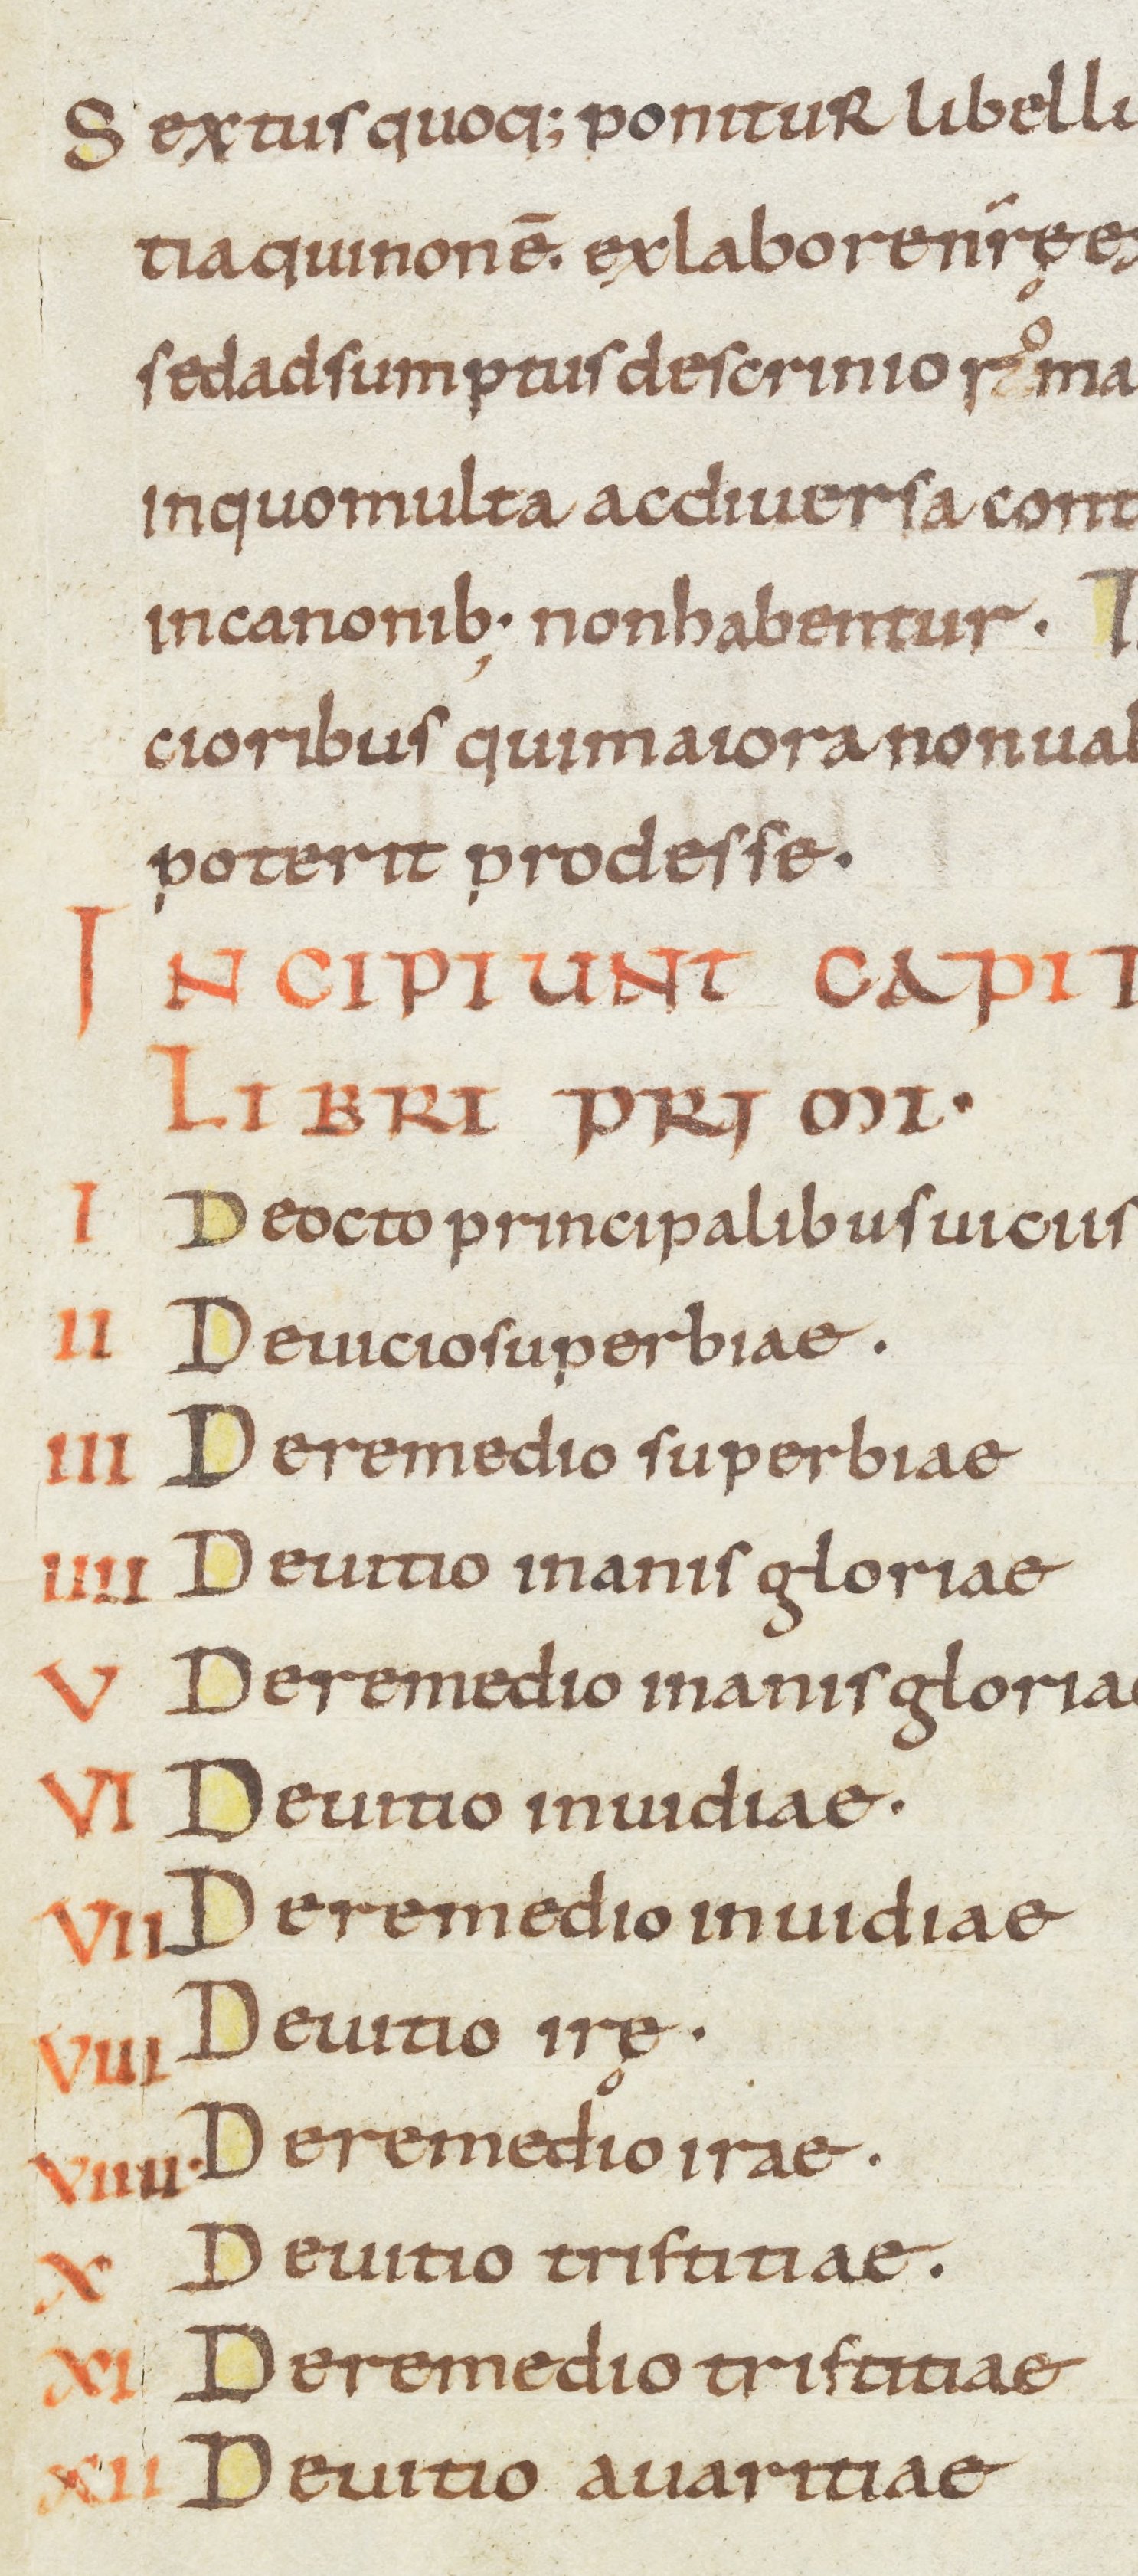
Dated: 900–999